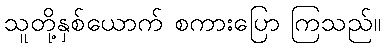
သူတို့နှစ်ယောက် စကားပြော ကြသည်။